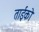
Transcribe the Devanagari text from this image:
ताईको